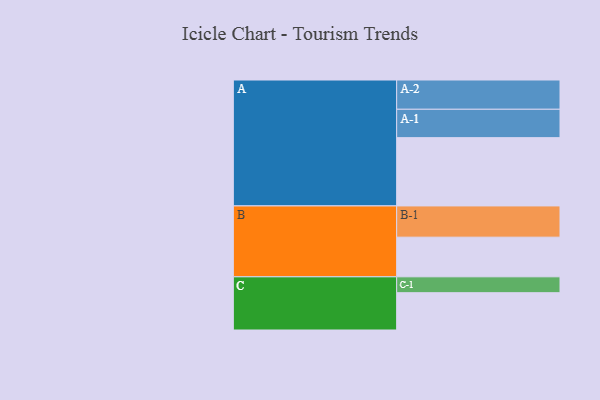
{"axis": {"x": "Segment", "y": "Value"}, "legend": ["", "A", "B", "C"], "data": [{"x": "A", "y": 551, "type": ""}, {"x": "B", "y": 320, "type": ""}, {"x": "C", "y": 301, "type": ""}, {"x": "A-1", "y": 229, "type": "A"}, {"x": "A-2", "y": 236, "type": "A"}, {"x": "B-1", "y": 252, "type": "B"}, {"x": "C-1", "y": 128, "type": "C"}]}